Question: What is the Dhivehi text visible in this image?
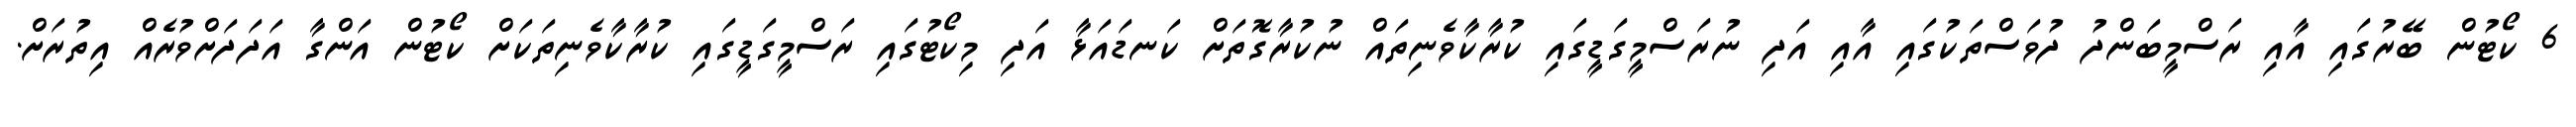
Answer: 6 ކޯޓުން ބޭރުގައި އާއި ރަސްމީބަންދު ދުވަސްތަކުގައި އާއި އަދި ނުރަސްމީގަޑީގައި ކުރާކާވެނިތައް ނުކުރާގޮތަށް ކަނޑައަޅާ އަދި މިކޯޓުގައި ރަސްމީގަޑީގައި ކުރާކާވެނިތަކަށް ކޯޓުން އަންގާ އަދަދަށްވުރެއް އިތުރަށް.